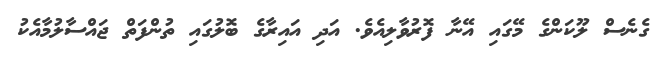
ގެނެސް ލޫކަންގެ މޭގައި އޭނާ ފޮރުވާލިއެވެ. އަދި އައިރާގެ ބޮލުގައި ތުންފަތް ޖައްސާލުމާއެކު